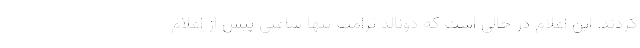
کردند. این اعلام در حالی است که دونالد ترامپ تنها ساعتی پیش از اعلام